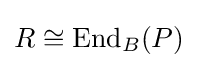
R\cong \mathrm {End} _{B}(P)